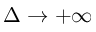
\Delta \to + \infty